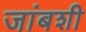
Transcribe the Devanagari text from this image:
जांबशी